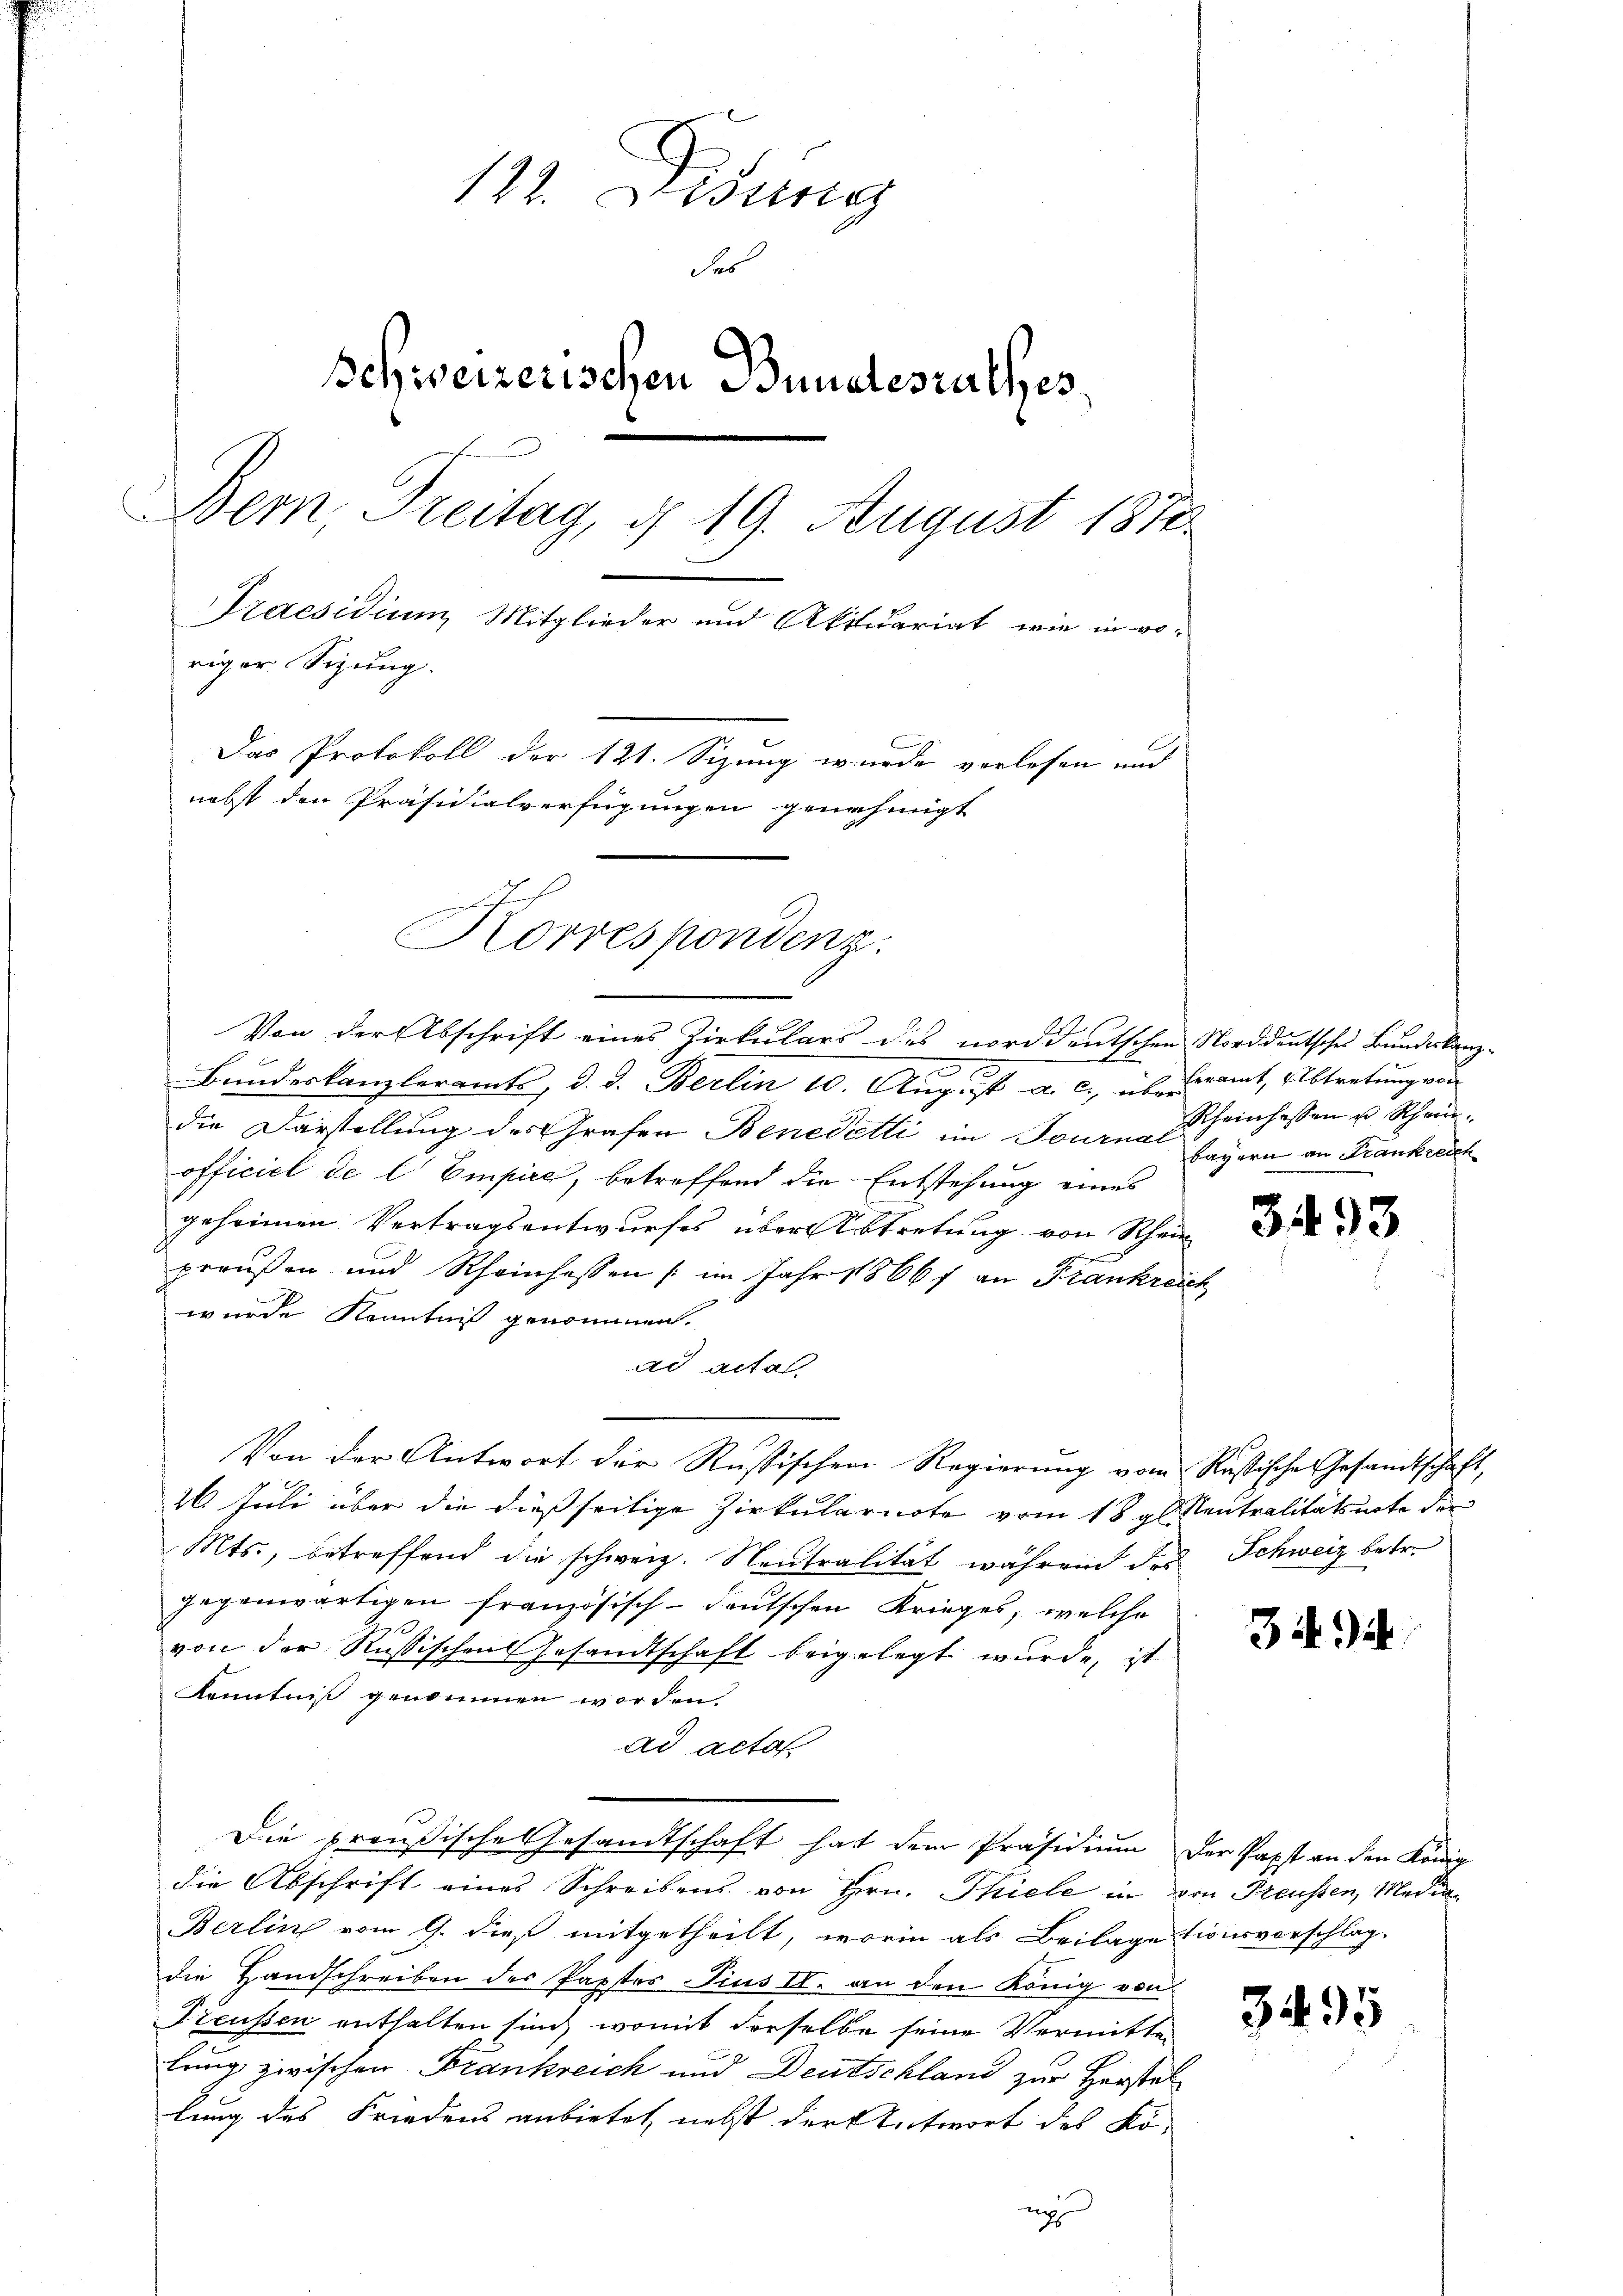
122. Disung
das
Schweizerischen Bundesrathes,
Bern, Freitag, d. 19. August 1878.
Praesidium Mitglieder und Aktuariat, wie in ro-
riger Sigung.
Das Protokoll der 121. Sizung wurde vorlesen und
nebst den Präsidialverfügungen genehmigt
Korrespondenz.

Von der Abschrift eines Zirkulars des norddeutschen Norddeutsches Bundeskanze
Bundeskanzleramts, d. d. Berlin 10. Aug. ist a. c. überamt, Abtretung von
die Darstellung des Grafen Benedetti im Journal seyern an Frankreich
officiel de l. Empire, betreffend die Entstehung eines
geheimen Vertragsentwurfes über Abtretung von Rhein
preußen und Rheinhassen (im Jahr 1866 f an Frankreich
wurde Kenntniß genommen.
ad acta.
26 Juli über die dießseitige Zirkularirte vom 18 g  Neutralitätsnote der
Mts., betreffend die schweiz. Neutralität während des Schweiz betr.
gegenwärtigen französisch-deutschen Krieges, welche
1927.
von der Rußischen Gesandtschaft beigelegt wurde, ist
Kenntniß genommen worden.
ad acta
Die preußische Gesandtschaft hat dem Präsidium der Papst an den König
die Abschrift eines Schreibens von Hrn. Thiele in von Freussen, Media¬
Berlin vom 9. dieß mitgetheilt, worin als Beilage tionsvorschlag.
die Handschreiben der Paptes Pius II. an den König von
Treussen enthalten sind, womit derselbe seine Vermitte
lung zwischen Frankreich und Deutschland zur Herstellung des Friedens anbietet, nebst der Antwort des Kö-
nc

Von der Antwort der Russischen Regierung vom Restische Gesandtschaft,

Rheinhassen u Schein.

3493

34)

3495